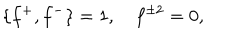
\{ f ^ { + } , f ^ { - } \} = 1 , \quad f ^ { \pm 2 } = 0 ,